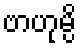
ဗာဟုမ္ပိ